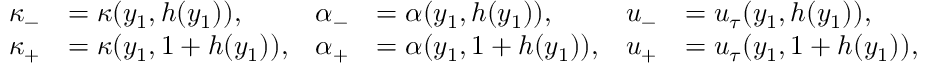
\begin{array} { r l r l r l } { \kappa _ { - } } & { = \kappa ( y _ { 1 } , h ( y _ { 1 } ) ) , } & { \alpha _ { - } } & { = \alpha ( y _ { 1 } , h ( y _ { 1 } ) ) , } & { u _ { - } } & { = u _ { \tau } ( y _ { 1 } , h ( y _ { 1 } ) ) , } \\ { \kappa _ { + } } & { = \kappa ( y _ { 1 } , 1 + h ( y _ { 1 } ) ) , } & { \alpha _ { + } } & { = \alpha ( y _ { 1 } , 1 + h ( y _ { 1 } ) ) , } & { u _ { + } } & { = u _ { \tau } ( y _ { 1 } , 1 + h ( y _ { 1 } ) ) , } \end{array}